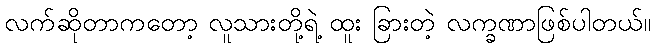
လက်ဆိုတာကတော့ လူသားတို့ရဲ့ ထူး ခြားတဲ့ လက္ခဏာဖြစ်ပါတယ်။